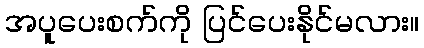
အပူပေးစက်ကို ပြင်ပေးနိုင်မလား။